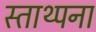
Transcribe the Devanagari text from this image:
स्ताथ्पना